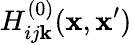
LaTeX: H_{ij\mathbf{k}}^{(0)}({\mathbf{x}},{\mathbf{x}}^{\prime})